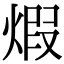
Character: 煆